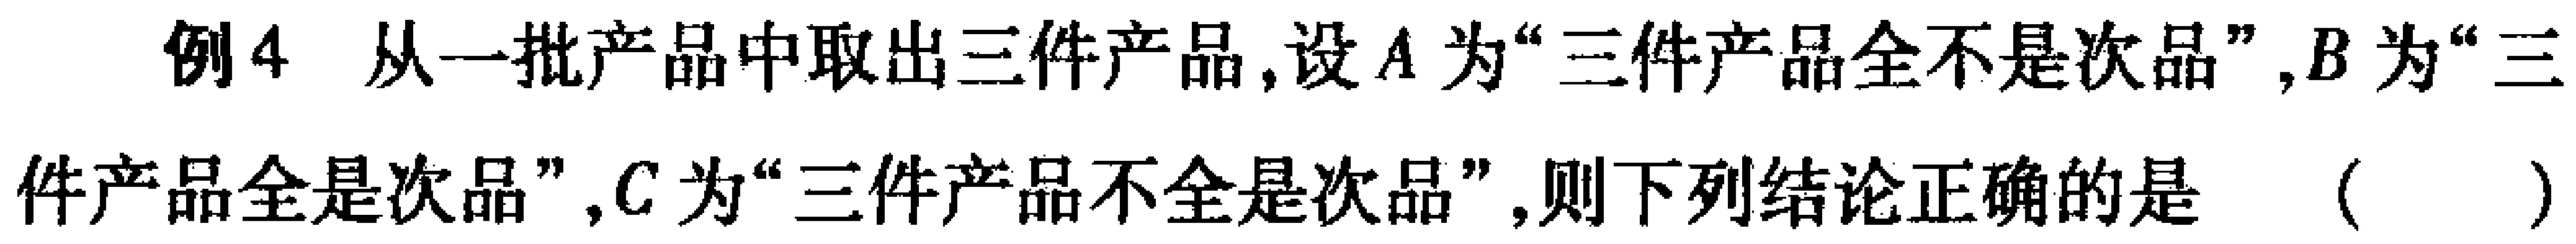
例4 从一批产品中取出三件产品,设\(A\)为“三件产品全不是次品”,\(B\)为“三件产品全是次品”,\(C\)为“三件产品不全是次品”,则下列结论正确的是 （  ）